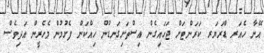
އޭނާ ހެއަރ ޑްރަޔަރ ކަރަންޓަށް ޖަހައިގެން އިސްތަށިގަނޑުން ހިއްކަން ފެށުމުން މެހެރީން އަދިވެސް